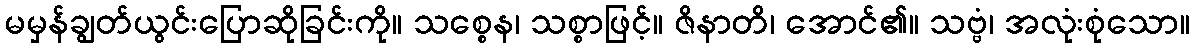
မမှန်ချွတ်ယွင်းပြောဆိုခြင်းကို။ သစ္စေန၊ သစ္စာဖြင့်။ ဇိနာတိ၊ အောင်၏။ သဗ္ဗံ၊ အလုံးစုံသော။